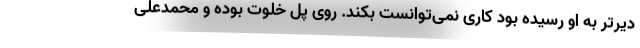
دیرتر به او رسیده بود کاری نمی‌توانست بکند. روی پل خلوت بوده و محمدعلی